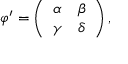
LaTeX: \varphi ^ { \prime } = \left( \begin{array} { c c } { { \alpha } } & { { \beta } } \\ { { \gamma } } & { { \delta } } \end{array} \right) ,